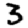
Digit: 3